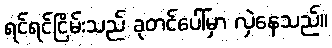
ရင်ရင်ငြိမ်းသည် ခုတင်ပေါ်မှာ လှဲနေသည်။